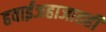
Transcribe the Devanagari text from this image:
हवाईजहाजातही